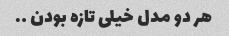
هر دو مدل خیلی تازه بودن ….